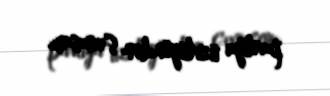
partiya üzvlüyündən çıxmışam.